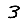
Digit: 3